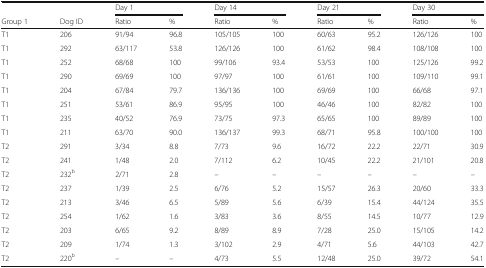
<table><thead><tr><td></td><td></td><td colspan="2"><b>Day 1</b></td><td colspan="2"><b>Day 14</b></td><td colspan="2"><b>Day 21</b></td><td colspan="2"><b>Day 30</b></td></tr><tr><td><b>Group 1</b></td><td><b>Dog ID</b></td><td><b>Ratio</b></td><td><b>%</b></td><td><b>Ratio</b></td><td><b>%</b></td><td><b>Ratio</b></td><td><b>%</b></td><td><b>Ratio</b></td><td><b>%</b></td></tr></thead><tbody><tr><td>T1</td><td>206</td><td>91/94</td><td>96.8</td><td>105/105</td><td>100</td><td>60/63</td><td>95.2</td><td>126/126</td><td>100</td></tr><tr><td>T1</td><td>292</td><td>63/117</td><td>53.8</td><td>126/126</td><td>100</td><td>61/62</td><td>98.4</td><td>108/108</td><td>100</td></tr><tr><td>T1</td><td>252</td><td>68/68</td><td>100</td><td>99/106</td><td>93.4</td><td>53/53</td><td>100</td><td>125/126</td><td>99.2</td></tr><tr><td>T1</td><td>290</td><td>69/69</td><td>100</td><td>97/97</td><td>100</td><td>61/61</td><td>100</td><td>109/110</td><td>99.1</td></tr><tr><td>T1</td><td>204</td><td>67/84</td><td>79.7</td><td>136/136</td><td>100</td><td>69/69</td><td>100</td><td>66/68</td><td>97.1</td></tr><tr><td>T1</td><td>251</td><td>53/61</td><td>86.9</td><td>95/95</td><td>100</td><td>46/46</td><td>100</td><td>82/82</td><td>100</td></tr><tr><td>T1</td><td>235</td><td>40/52</td><td>76.9</td><td>73/75</td><td>97.3</td><td>65/65</td><td>100</td><td>89/89</td><td>100</td></tr><tr><td>T1</td><td>211</td><td>63/70</td><td>90.0</td><td>136/137</td><td>99.3</td><td>68/71</td><td>95.8</td><td>100/100</td><td>100</td></tr><tr><td>T2</td><td>291</td><td>3/34</td><td>8.8</td><td>7/73</td><td>9.6</td><td>16/72</td><td>22.2</td><td>22/71</td><td>30.9</td></tr><tr><td>T2</td><td>241</td><td>1/48</td><td>2.0</td><td>7/112</td><td>6.2</td><td>10/45</td><td>22.2</td><td>21/101</td><td>20.8</td></tr><tr><td>T2</td><td>232<sup>b</sup></td><td>2/71</td><td>2.8</td><td>–</td><td>–</td><td>–</td><td>–</td><td>–</td><td>–</td></tr><tr><td>T2</td><td>237</td><td>1/39</td><td>2.5</td><td>6/76</td><td>5.2</td><td>15/57</td><td>26.3</td><td>20/60</td><td>33.3</td></tr><tr><td>T2</td><td>213</td><td>3/46</td><td>6.5</td><td>5/89</td><td>5.6</td><td>6/39</td><td>15.4</td><td>44/124</td><td>35.5</td></tr><tr><td>T2</td><td>254</td><td>1/62</td><td>1.6</td><td>3/83</td><td>3.6</td><td>8/55</td><td>14.5</td><td>10/77</td><td>12.9</td></tr><tr><td>T2</td><td>203</td><td>6/65</td><td>9.2</td><td>8/89</td><td>8.9</td><td>7/28</td><td>25.0</td><td>15/105</td><td>14.2</td></tr><tr><td>T2</td><td>209</td><td>1/74</td><td>1.3</td><td>3/102</td><td>2.9</td><td>4/71</td><td>5.6</td><td>44/103</td><td>42.7</td></tr><tr><td>T2</td><td>220<sup>b</sup></td><td>–</td><td>–</td><td>4/73</td><td>5.5</td><td>12/48</td><td>25.0</td><td>39/72</td><td>54.1</td></tr></tbody></table>